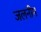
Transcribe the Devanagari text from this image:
जलनीम